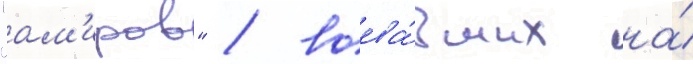
"ам'иров" / воева́вших на́